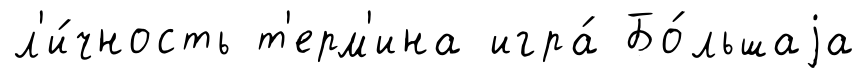
л'и́чность т'ерм'ина игра́ Бо́льшаjа